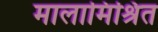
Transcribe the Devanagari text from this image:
मालामिश्रित